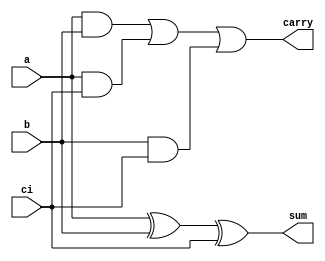
module full_addr (a, b, ci, sum, carry);

input a, b, ci;
output carry, sum;
wire a_b, a_ci, b_ci;

xor (sum, a, b, ci);
and (a_b, a, b);
and (a_ci, a, ci);
and (b_ci, b, ci);
or (carry, a_b, a_ci, b_ci);

endmodule // full_addr